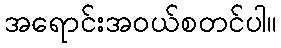
အရောင်းအဝယ်စတင်ပါ။